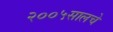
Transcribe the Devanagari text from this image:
२००५सालचे